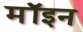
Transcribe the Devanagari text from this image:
मॉइन